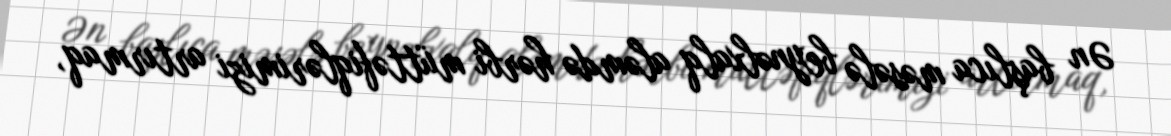
Ən başlıca məsələ beynəlxalq aləmdə hərbi müttəfiqlərimizi artırmaq,